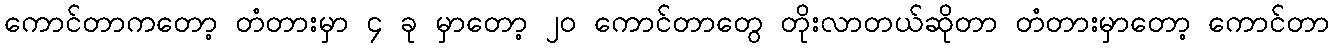
ကောင်တာကတော့ တံတားမှာ ၄ ခု မှာတော့ ၂၀ ကောင်တာတွေ တိုးလာတယ်ဆိုတာ တံတားမှာတော့ ကောင်တာ